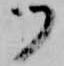
ツ